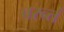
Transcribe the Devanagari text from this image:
चरन्तं